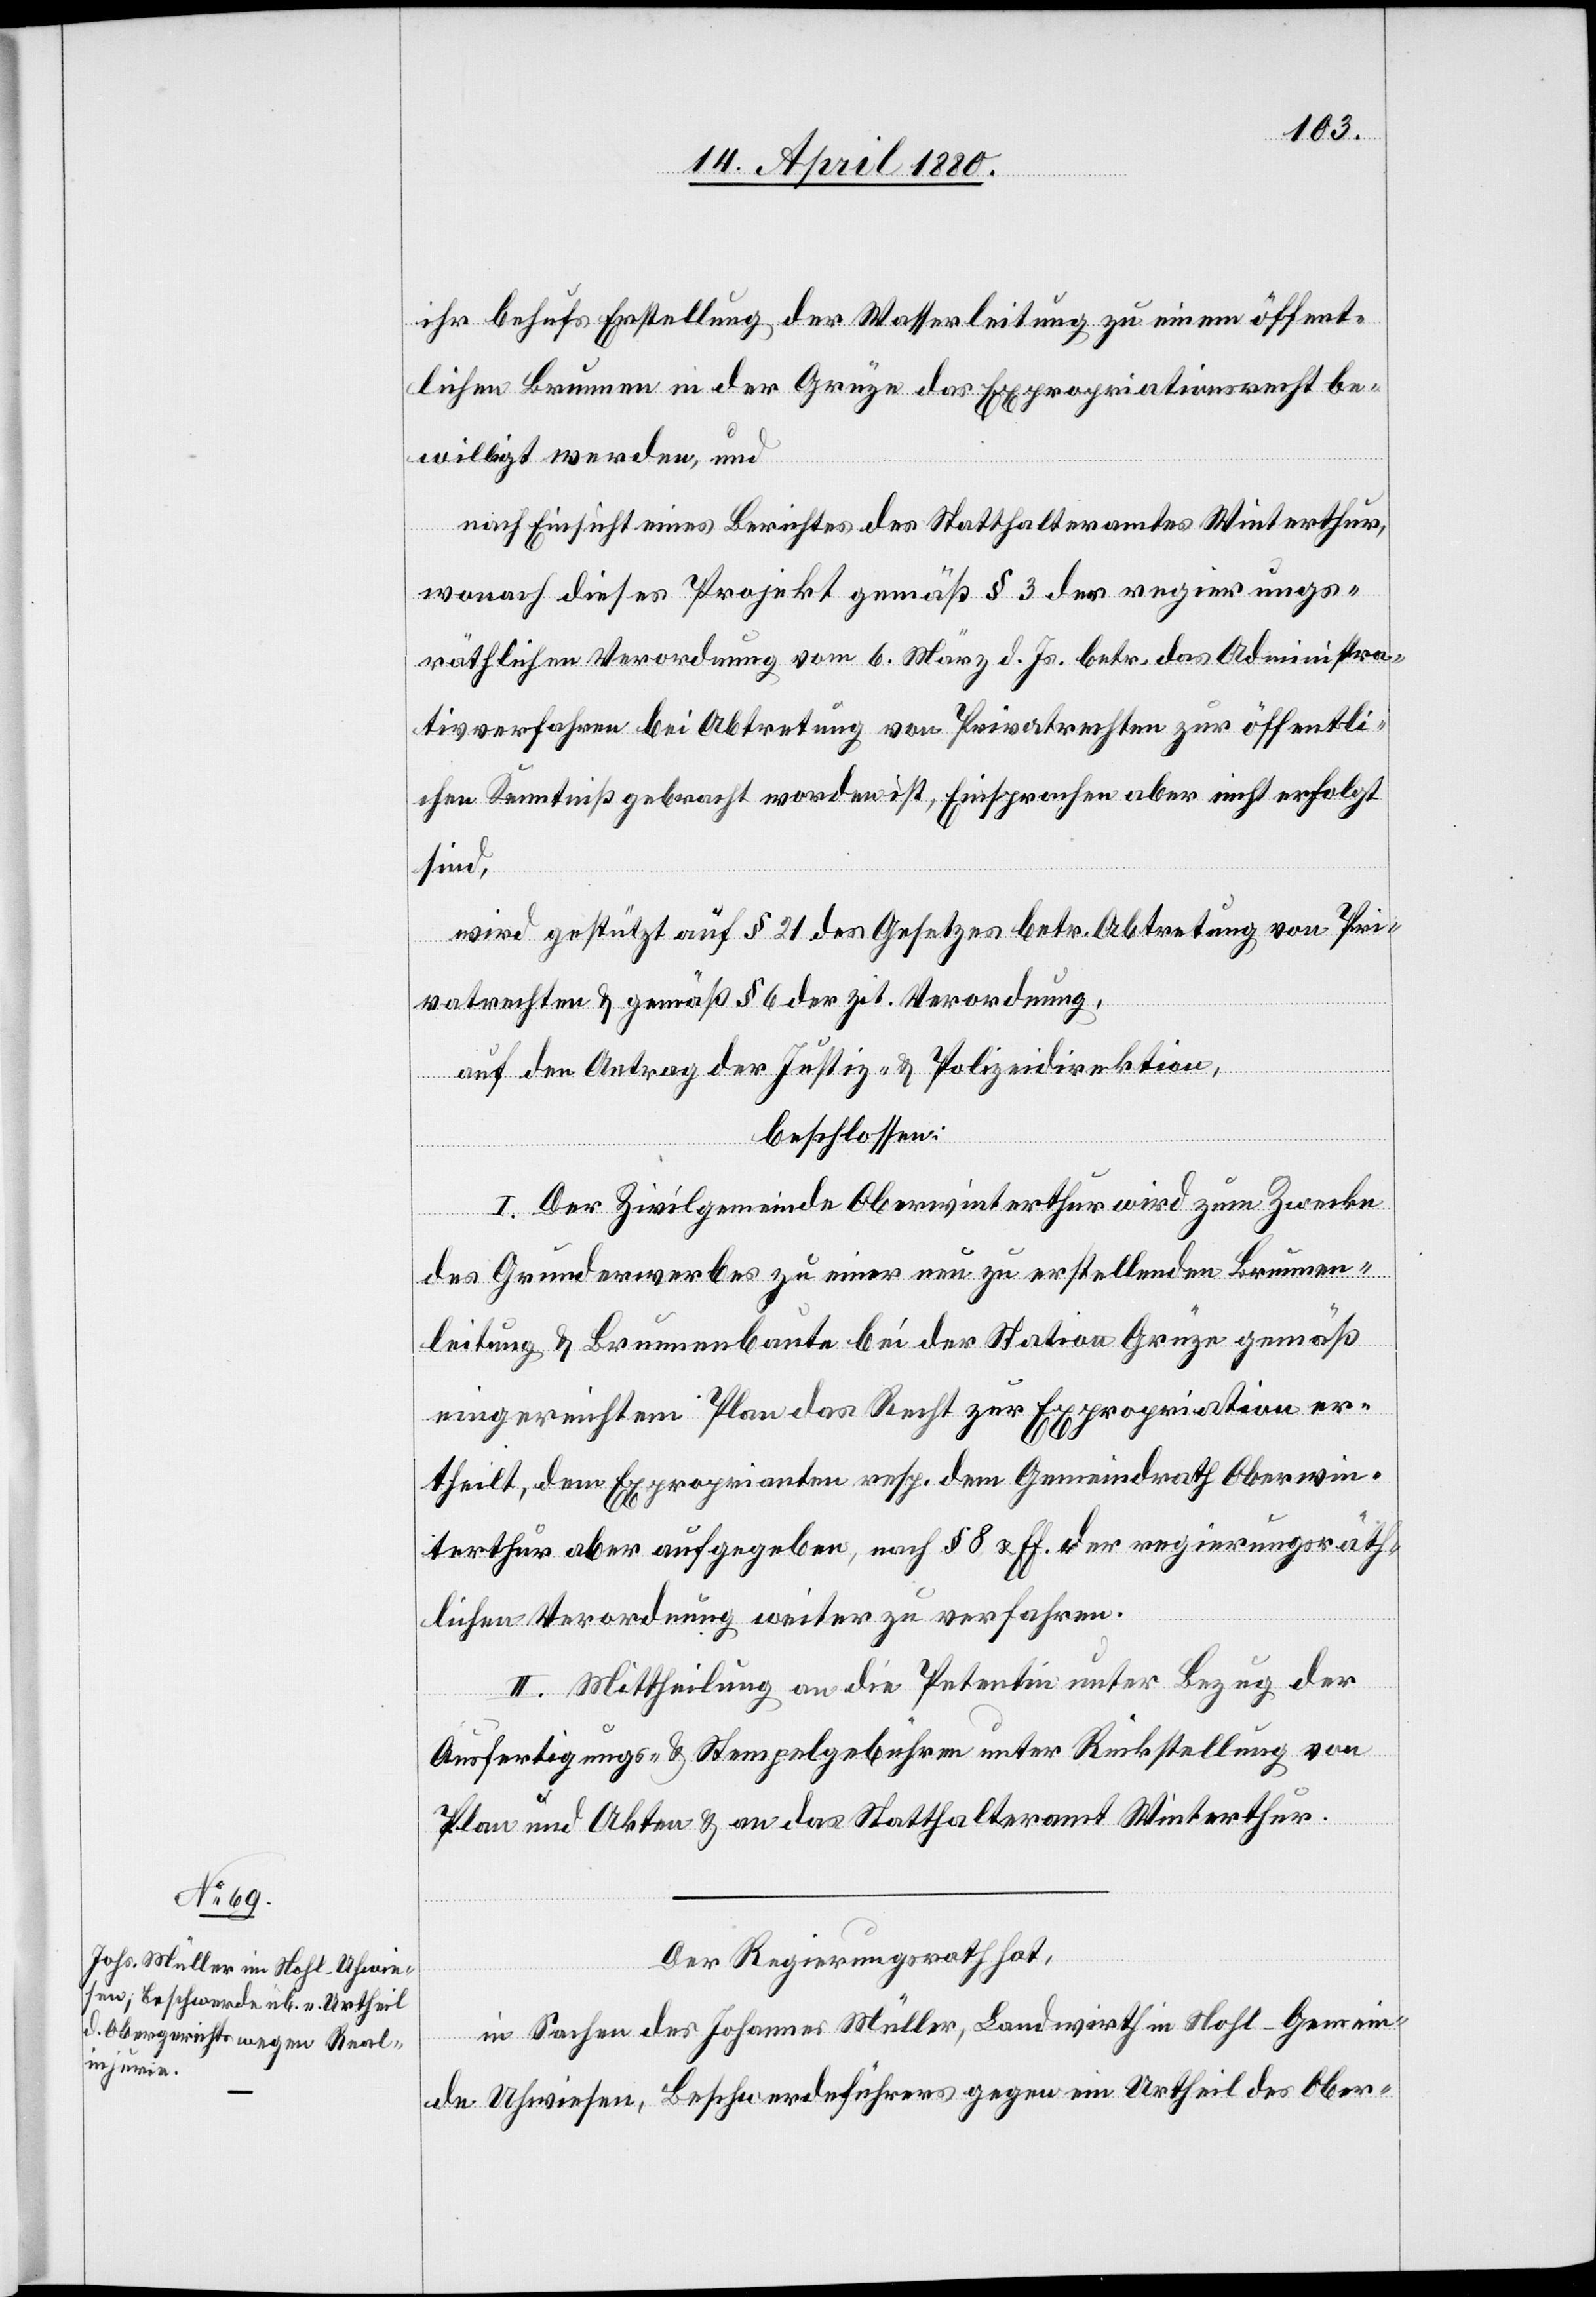
ihr behufs Erstellung der Wasserleitung zu einem öffent¬
lichen Brunnen in der Grüze das Expropriationsrecht be¬
willigt werden, und
nach Einsicht eines Berichtes des Statthalteramtes Winterthur,
wonach dieses Projekt gemäß § 3 der regierungs¬
räthlichen Verordnung vom 6. März d. Js. betr. das Administra¬
tivverfahren bei Abtretung von Privatrechten zur öffentli¬
chen Kenntniß gebracht worden ist, Einsprachen aber nicht erfolgt
sind,
wird gestützt auf § 21 des Gesetzes betr. Abtretung von Pri¬
vatrechten & gemäß § 6 der zit. Verordnung,
auf den Antrag der Justiz- & Polizeidirektion,
beschlossen:
I. Der Zivilgemeinde Oberwinterthur wird zum Zwecke
des Grunderwerbes zu einer neu zu erstellenden Brunnen¬
leitung & Brunnenbaute bei der Station Grüze gemäß
eingereichtem Plan das Recht zur Expropriation er¬
theilt, dem Exproprianten resp. dem Gemeindrath Oberwin¬
terthur aber aufgegeben, nach § 8 & ff. der regierungsräth¬
lichen Verordnung weiter zu verfahren.
II. Mittheilung an die Petentin unter Bezug der
Ausfertigungs- & Stempelgebühr unter Rückstellung von
Plan und Akten & an das Statthalteramt Winterthur.
Der Regierungsrath hat,
in Sachen des Johannes Müller, Landwirth in Nohl - Gemein¬
de Uhwiesen, Beschwerdeführers gegen ein Urtheil des Ober-